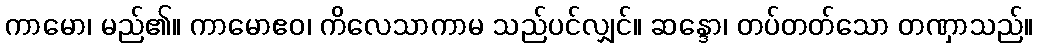
ကာမော၊ မည်၏။ ကာမောဧဝ၊ ကိလေသာကာမ သည်ပင်လျှင်။ ဆန္ဒော၊ တပ်တတ်သော တဏှာသည်။